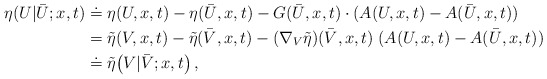
\begin{align*}\begin{aligned}\eta ( U | \bar U;x,t ) &\doteq \eta (U,x,t)- \eta (\bar U,x,t )- G(\bar U,x,t) \cdot (A(U,x,t) - A(\bar U,x,t))\\&= \tilde{\eta}(V,x,t) -\tilde{\eta}(\bar V,x,t) - (\nabla_V \tilde{\eta}) (\bar V,x,t) \; (A(U,x,t) - A(\bar U,x,t)) \, \\&\doteq \tilde{\eta} \big (V | \bar V;x,t\big ) \, ,\end{aligned}\end{align*}